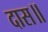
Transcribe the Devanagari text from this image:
दास॥